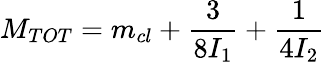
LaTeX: M_{TOT}=m_{cl}+\frac{3}{8I_{1}}+\frac{1}{4I_{2}}